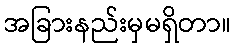
အခြားနည်းမှမရှိတာ။